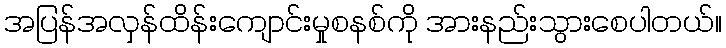
အပြန်အလှန်ထိန်းကျောင်းမှုစနစ်ကို အားနည်းသွားစေပါတယ်။